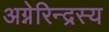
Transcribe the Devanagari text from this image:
अग्नेरिन्द्रस्य